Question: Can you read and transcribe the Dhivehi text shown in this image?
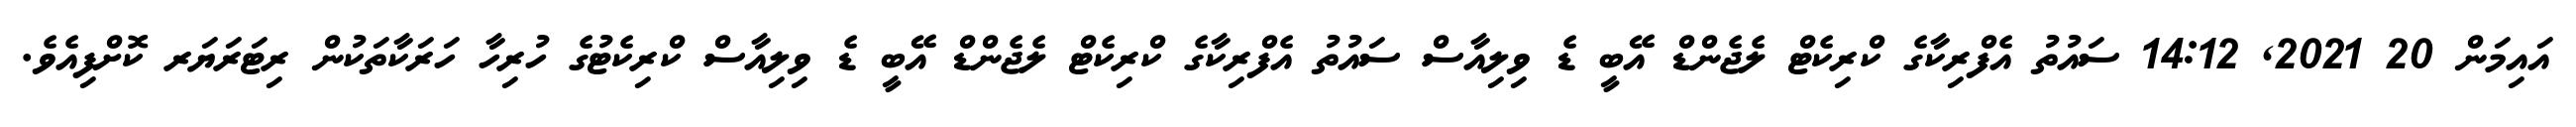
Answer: އައިމަން 20 2021, 14:12 ސައުތު އެފްރިކާގެ ކްރިކެޓް ލެޖެންޑް އޭބީ ޑެ ވިލިއާސް ސައުތު އެފްރިކާގެ ކްރިކެޓް ލެޖެންޑް އޭބީ ޑެ ވިލިއާސް ކްރިކެޓުގެ ހުރިހާ ހަރަކާތަކުން ރިޓަރަޔަރ ކޮށްފިއެވެ.